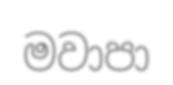
මවාපා